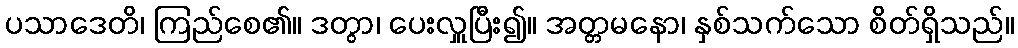
ပသာဒေတိ၊ ကြည်စေ၏။ ဒတွာ၊ ပေးလှူပြီး၍။ အတ္တမနော၊ နှစ်သက်သော စိတ်ရှိသည်။